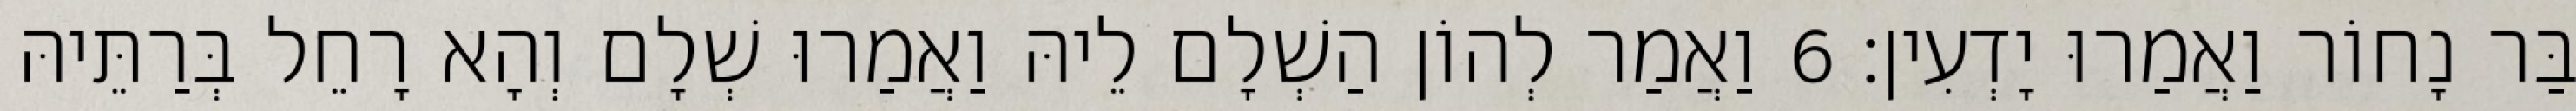
בַּר נָחוֹר וַאֲמַרוּ יָדְעִין׃ 6 וַאֲמַר לְהוֹן הַשְׁלָם לֵיהּ וַאֲמַרוּ שְׁלָם וְהָא רָחֵל בְּרַתֵּיהּ